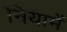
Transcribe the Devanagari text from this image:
नियामें